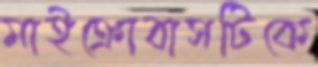
মাইক্রোবাসটিকে